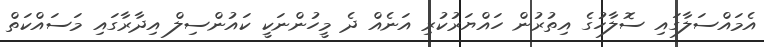
އެމައްސަލާގައި ސޮލާހުގެ އިތުރުން ހައްޔަރުކުރި އަނެއް ދެ މީހުންނަކީ ކައުންސިލް އިދާރާގައި މަސައްކަތް